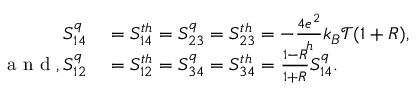
\begin{array} { r l } { S _ { 1 4 } ^ { q } } & { { } = { S _ { 1 4 } ^ { t h } } = S _ { 2 3 } ^ { q } = { S _ { 2 3 } ^ { t h } } = - \frac { 4 e ^ { 2 } } { h } k _ { B } \mathcal { T } ( 1 + R ) , } \\ { \mathrm { ~ a ~ n ~ d ~ } , S _ { 1 2 } ^ { q } } & { { } = { S _ { 1 2 } ^ { t h } } = S _ { 3 4 } ^ { q } = { S _ { 3 4 } ^ { t h } } = \frac { 1 - R } { 1 + R } S _ { 1 4 } ^ { q } . } \end{array}